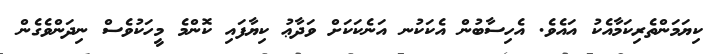
ކިޔަމަންތެރިކަމާއެކު އައެވެ. އެހިސާބުން އެކަކުނ އަނެކަކަށް ވަދާޢު ކިޔާފައި ކޮންމެ މީހަކުވެސް ނިދަންވެގެން